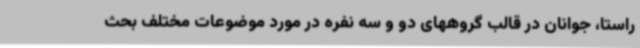
راستا، جوانان در قالب گروههای دو و سه نفره در مورد موضوعات مختلف بحث